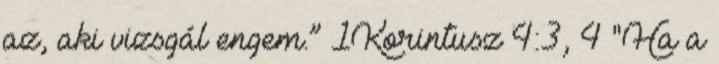
az, aki vizsgál engem.” 1Korintusz 4:3, 4 "Ha a